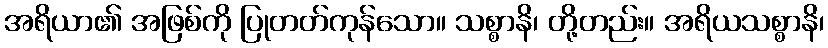
အရိယာ၏ အဖြစ်ကို ပြုတတ်ကုန်သော။ သစ္စာနိ၊ တို့တည်း။ အရိယသစ္စာနိ၊